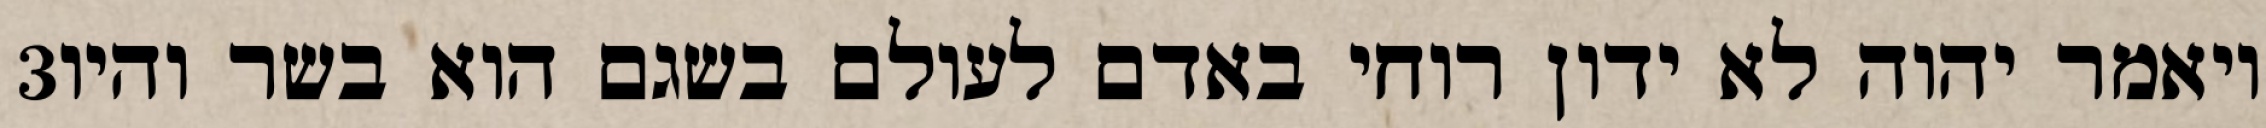
‎3‏ ויאמר יהוה לא ידון רוחי באדם לעולם בשגם הוא בשר והיו